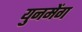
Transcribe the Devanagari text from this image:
युनमेंग